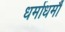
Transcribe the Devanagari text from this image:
धर्माधर्मौ